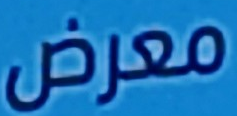
معرض